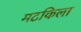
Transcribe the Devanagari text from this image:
मटकिला